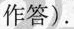
作答）.